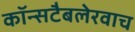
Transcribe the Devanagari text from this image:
कॉन्सटैबलेरवाच